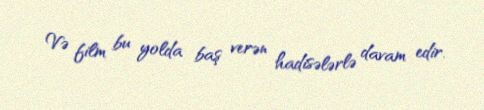
Və film bu yolda baş verən hadisələrlə davam edir.